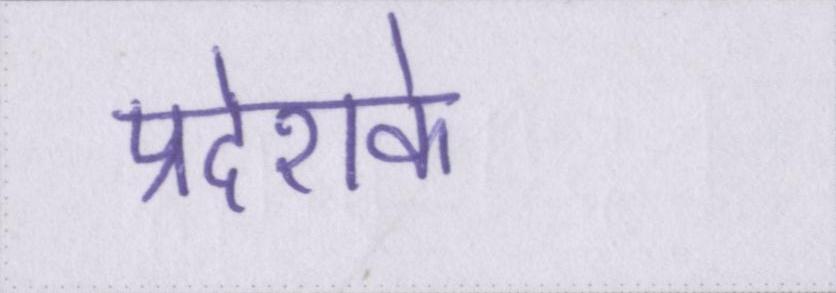
प्रदेशके